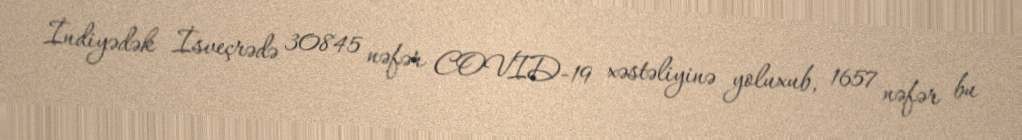
İndiyədək İsveçrədə 30845 nəfər COVID-19 xəstəliyinə yoluxub, 1657 nəfər bu